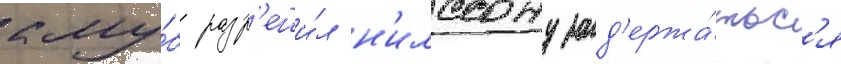
клу́б разр'еши́л н'илссону зад'ержа́тьс'я